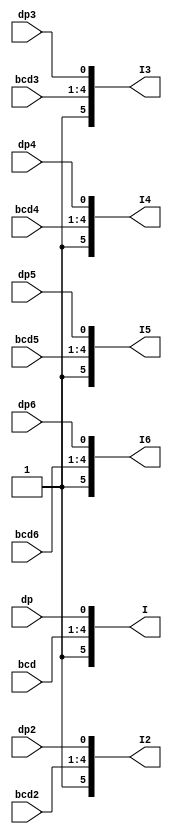
`timescale 1ns / 1ps
//////////////////////////////////////////////////////////////////////////////////
// Company: 
// Engineer: 
// 
// Design Name: 
// Module Name: display_set
// Project Name: 
// Target Devices: 
// Tool Versions: 
// Description: 
// 
// Dependencies: 
// 
// Revision:
// Revision 0.01 - File Created
// Additional Comments:
// 
//////////////////////////////////////////////////////////////////////////////////


module display_set(
input [3:0]bcd,
input [3:0]bcd2,
input [3:0]bcd3,
input [3:0]bcd4,
input [3:0]bcd5,
input [3:0]bcd6,
input dp,
input dp2,
input dp3,
input dp4,
input dp5,
input dp6,
output reg [5:0] I,
output reg [5:0] I2,
output reg [5:0] I3,
output reg [5:0] I4,
output reg [5:0] I5,
output reg [5:0] I6
    );

    always@*begin
        I[0] = dp;
        I[4:1] = bcd;
        I[5] = 1'b1;
        I2[0] = dp2;
        I2[4:1] = bcd2;
        I2[5] = 1'b1;
        I3[0] = dp3;
        I3[4:1] = bcd3;
        I3[5] = 1'b1;
        I3[0] = dp3;
        I3[4:1] = bcd3;
        I4[5] = 1'b1;
        I4[0] = dp4;
        I4[4:1] = bcd4;
        I5[5] = 1'b1;
        I5[0] = dp5;
        I5[4:1] = bcd5;
        I6[5] = 1'b1;
        I6[0] = dp6;
        I6[4:1] = bcd6;


    end
       
    
    
endmodule